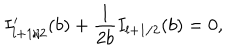
LaTeX: I _ { l + 1 / 2 } ^ { \prime } ( b ) + { \frac { 1 } { 2 b } } I _ { l + 1 / 2 } ( b ) = 0 ,